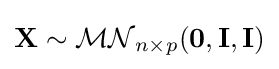
\mathbf {X} \sim {\mathcal {MN}}_{n\times p}(\mathbf {0} ,\mathbf {I} ,\mathbf {I} )